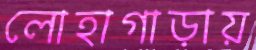
লোহাগাড়ায়